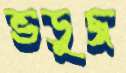
ভডুজ